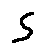
s